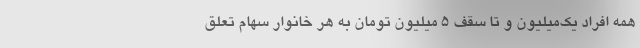
همه افراد یک‌میلیون و تا سقف ۵ میلیون تومان به هر خانوار سهام تعلق